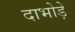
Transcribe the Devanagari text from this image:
दाभोड़े